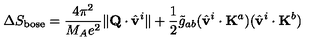
\Delta S _ { \mathrm { b o s e } } = \frac { 4 \pi ^ { 2 } } { M _ { A } e ^ { 2 } } \| { \bf Q } \cdot \hat { \bf v } ^ { i } \| + \frac { 1 } { 2 } \tilde { g } _ { a b } ( \hat { \bf v } ^ { i } \cdot { \bf K } ^ { a } ) ( \hat { \bf v } ^ { i } \cdot { \bf K } ^ { b } )